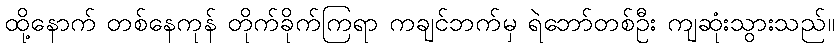
ထို့နောက် တစ်နေကုန် တိုက်ခိုက်ကြရာ ကချင်ဘက်မှ ရဲဘော်တစ်ဦး ကျဆုံးသွားသည်။